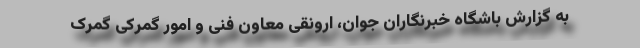
به گزارش باشگاه خبرنگاران جوان، ارونقی معاون فنی و امور گمرکی گمرک